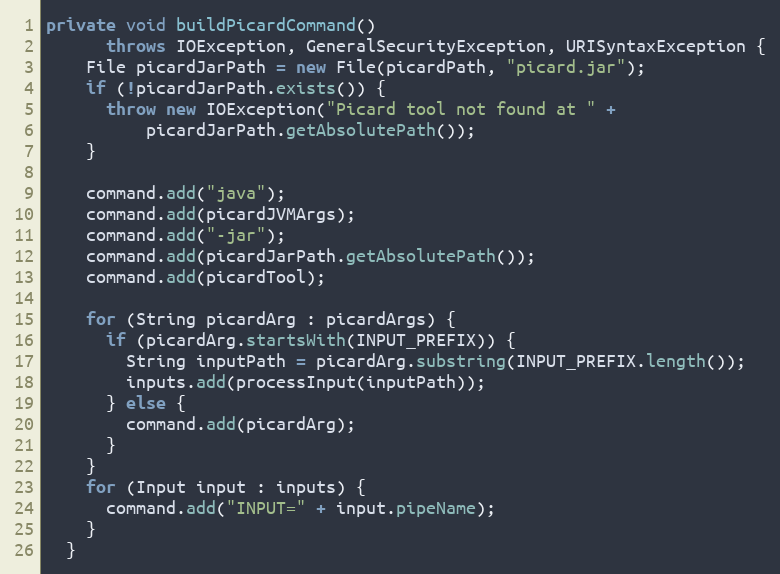
Language: Java
private void buildPicardCommand()
      throws IOException, GeneralSecurityException, URISyntaxException {
    File picardJarPath = new File(picardPath, "picard.jar");
    if (!picardJarPath.exists()) {
      throw new IOException("Picard tool not found at " +
          picardJarPath.getAbsolutePath());
    }

    command.add("java");
    command.add(picardJVMArgs);
    command.add("-jar");
    command.add(picardJarPath.getAbsolutePath());
    command.add(picardTool);

    for (String picardArg : picardArgs) {
      if (picardArg.startsWith(INPUT_PREFIX)) {
        String inputPath = picardArg.substring(INPUT_PREFIX.length());
        inputs.add(processInput(inputPath));
      } else {
        command.add(picardArg);
      }
    }
    for (Input input : inputs) {
      command.add("INPUT=" + input.pipeName);
    }
  }